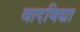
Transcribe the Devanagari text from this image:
वादविद्या